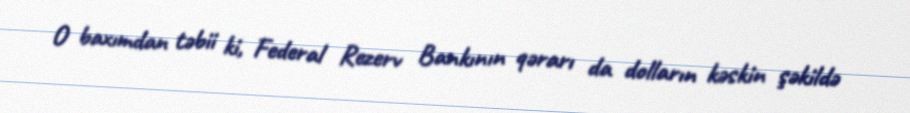
O baxımdan təbii ki, Federal Rezerv Bankının qərarı da dolların kəskin şəkildə